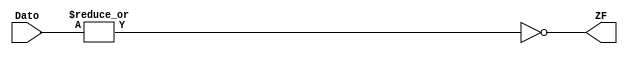
module MOD_BANDERA_ZF(
    input [5:0] Dato,
    output ZF
    );
    
    assign ZF = ~(|Dato);
endmodule